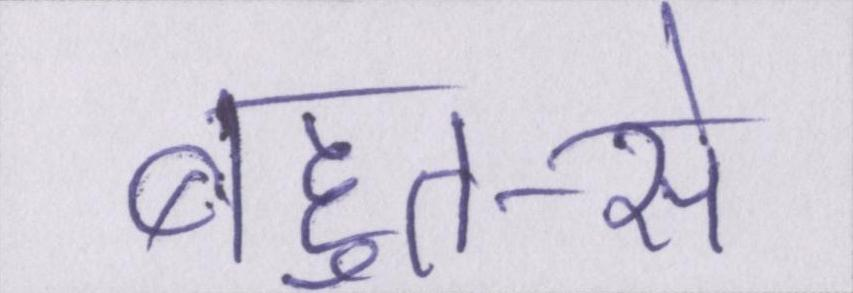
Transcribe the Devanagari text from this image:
बहुत-से